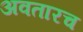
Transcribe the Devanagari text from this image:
अवतारच